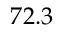
7 2 . 3